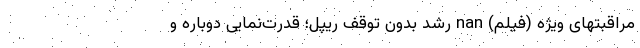
مراقبتهای ویژه (فیلم) nan رشد بدون توقف ریپل؛ قدرت‌نمایی دوباره و